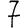
Digit: 7